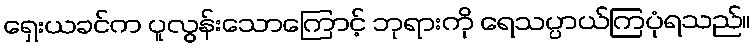
ရှေးယခင်က ပူလွန်းသောကြောင့် ဘုရားကို ရေသပ္ပာယ်ကြပုံရသည်။